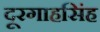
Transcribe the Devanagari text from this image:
दूरगाहसिंह